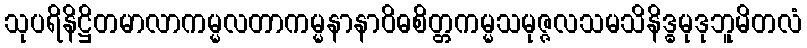
သုပရိနိဋ္ဌိတမာလာကမ္မလတာကမ္မနာနာဝိဓစိတ္တကမ္မသမုဇ္ဇလသမသိနိဒ္ဓမုဒုဘူမိတလံ